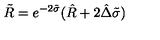
\tilde { R } = e ^ { - 2 \tilde { \sigma } } ( \hat { R } + 2 \hat { \Delta } \tilde { \sigma } )